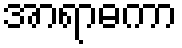
အာရာဓကာ